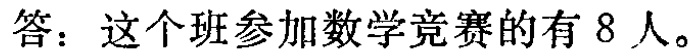
答：这个班参加数学竞赛的有 8 人。